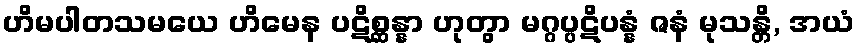
ဟိမပါတသမယေ ဟိမေန ပဋိစ္ဆန္နာ ဟုတွာ မဂ္ဂပ္ပဋိပန္နံ ဇနံ မုသန္တိ, အယံ